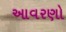
આવરણો